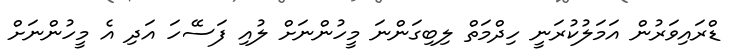
ޑްރައިވަރުން އަމަލުކުރަނީ ހިދްމަތް ލިބިގަންނަ މީހުންނަށް ލުއި ފަސޭހަ އަދި އެ މީހުންނަށް